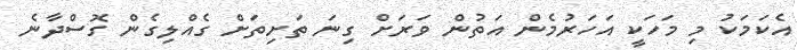
އެކަމަކު މި މަހަކީ އަހަރުމެން އަތުން ވަރަށް ގިނަ ތަށިތަށް ގެއްލިގެން ގޮސްދާނެ